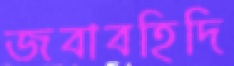
জবাবহিদি